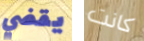
يقضي كانت